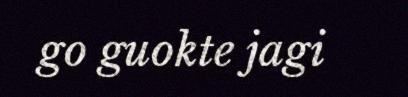
go guokte jagi